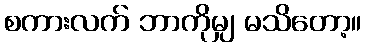
စကားလက် ဘာကိုမျှ မသိတော့။